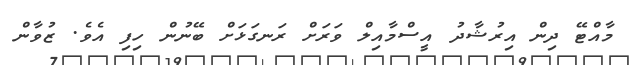
މާއްޓޭ ދިން އިރުޝާދު އީސްމާއިލް ވަރަށް ރަނގަޅަށް ބޭނުން ހިފި އެވެ. ޒުވާން